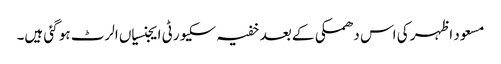
مسعود اظہر کی اس دھمکی کے بعد خفیہ سکیورٹی ایجنسیاں الرٹ ہو گئی ہیں۔